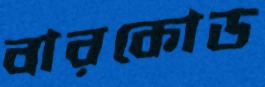
বারকোড